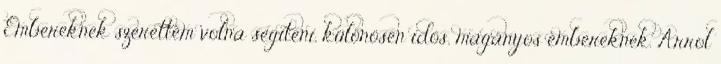
Embereknek szerettem volna segíteni, különösen idős, magányos embereknek. Arrol